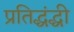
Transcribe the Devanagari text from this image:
प्रतिद्धंद्धी